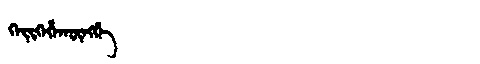
Manchu: ᡴᡝᡳᡴᡝᡥᠠᡴᡡᠩᡤᡝ
Romanization: KEIKEHAKŪNGGE